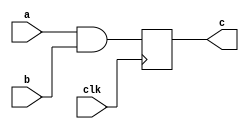




module my_test4(
	input wire a,b,clk, 
	output reg c
	);

	always @(posedge clk)
	begin
		c = (a && b);
	end
	
endmodule